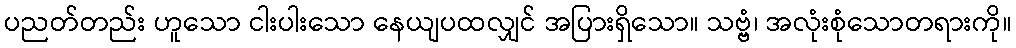
ပညတ်တည်း ဟူသော ငါးပါးသော နေယျပထလျှင် အပြားရှိသော။ သဗ္ဗံ၊ အလုံးစုံသောတရားကို။